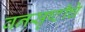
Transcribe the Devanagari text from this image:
वनसृष्टीचे